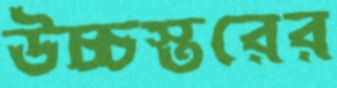
উচ্চস্তরের